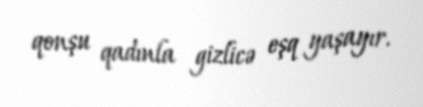
qonşu qadınla gizlicə eşq yaşayır.